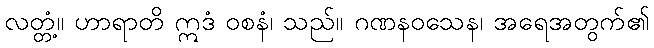
လတ္တံ့။ ဟာရာတိ ဣဒံ ဝစနံ၊ သည်။ ဂဏနဝသေန၊ အရေအတွက်၏